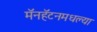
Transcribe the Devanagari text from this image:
मॅनहॅटनमधल्या